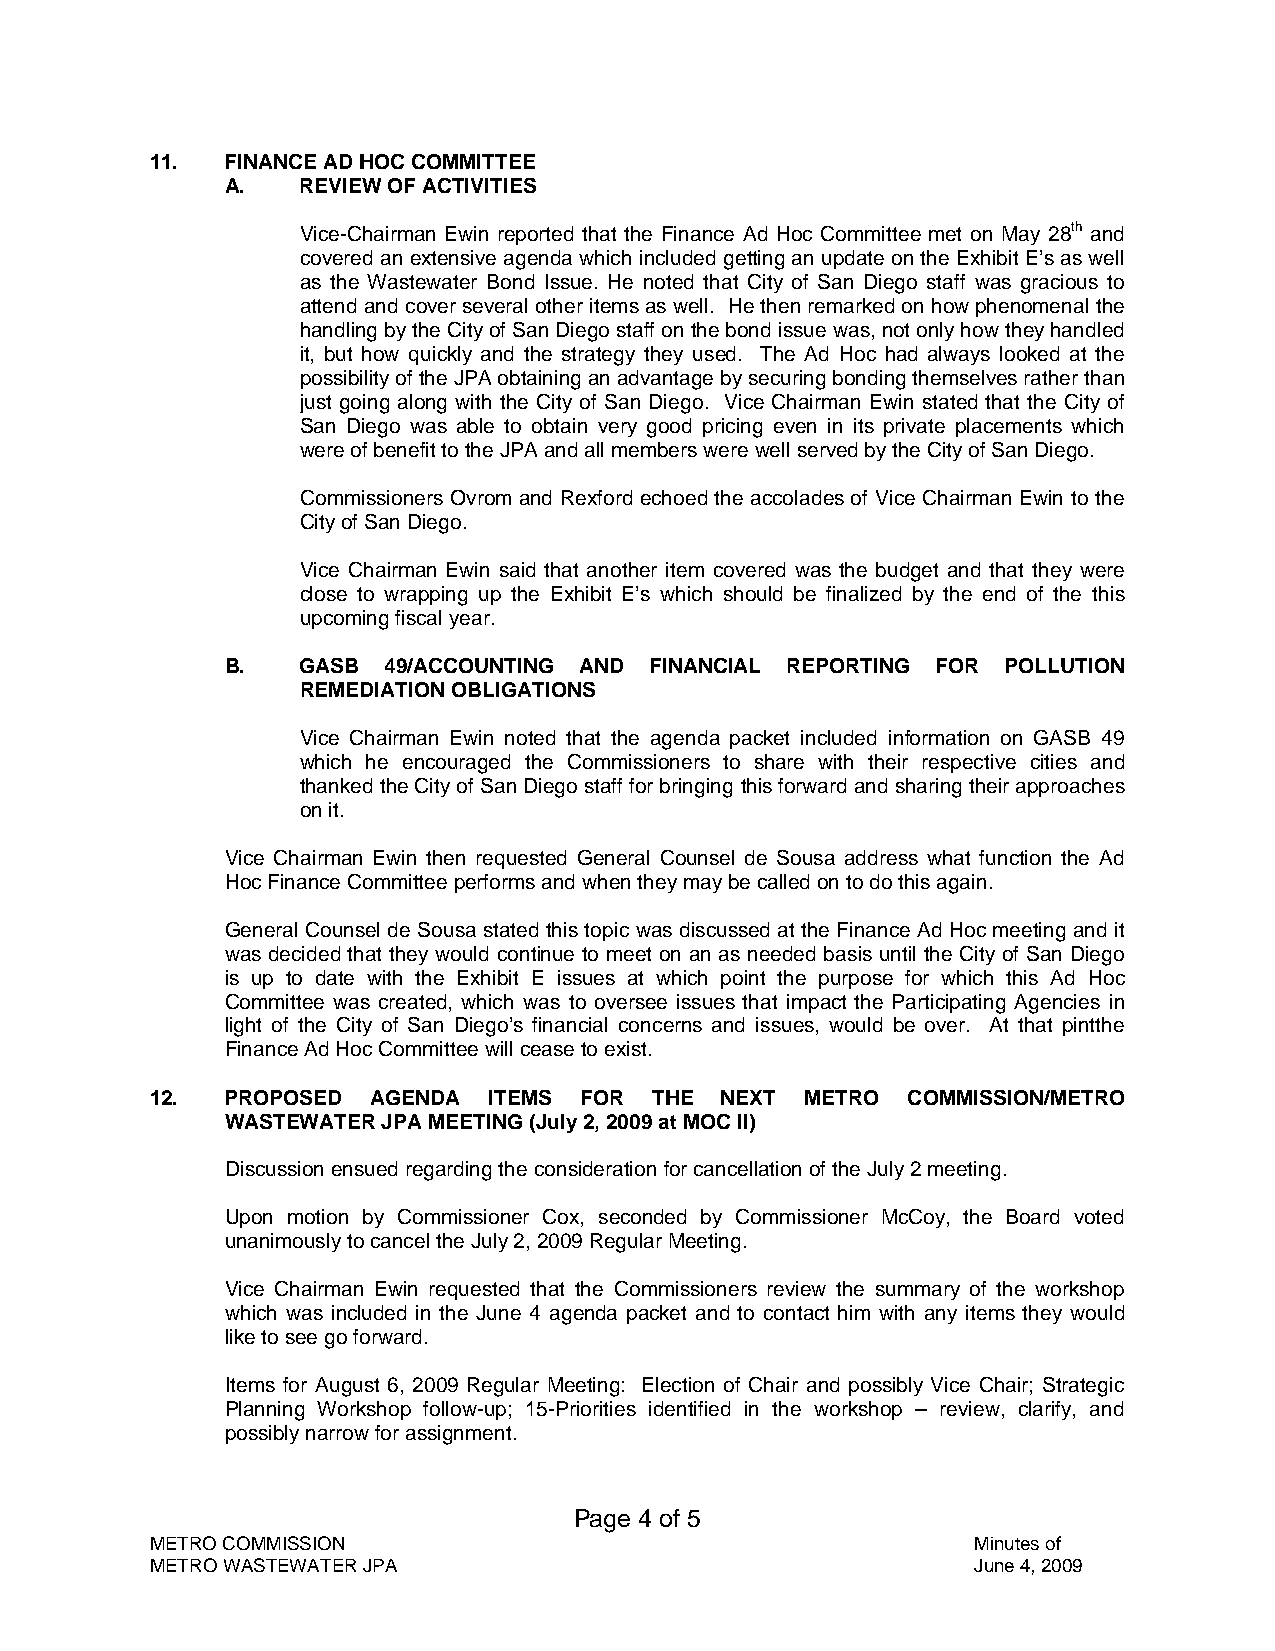
11.  FINANCE AD HOC COMMITTEE
 A.   REVIEW OF ACTIVITIES
 Vice-Chairman Ewin reported that the Finance Ad Hoc Committee met on May 28th and
 covered an extensive agenda which included getting an update on the Exhibit E’s as well
 as the Wastewater Bond Issue. He noted that City of San Diego staff was gracious to
 attend and cover several other items as well. He then remarked on how phenomenal the
 handling by the City of San Diego staff on the bond issue was, not only how they handled
 it, but how quickly and the strategy they used. The Ad Hoc had always looked at the
 possibility of the JPA obtaining an advantage by securing bonding themselves rather than
 just going along with the City of San Diego. Vice Chairman Ewin stated that the City of
 San Diego was able to obtain very good pricing even in its private placements which
 were of benefit to the JPA and all members were well served by the City of San Diego.
 Commissioners Ovrom and Rexford echoed the accolades of Vice Chairman Ewin to the
 City of San Diego.
 Vice Chairman Ewin said that another item covered was the budget and that they were
 close to wrapping up the Exhibit E’s which should be finalized by the end of the this
 upcoming fiscal year.
 B.   GASB  49/ACCOUNTING AND FINANCIAL REPORTING FOR POLLUTION
 REMEDIATION OBLIGATIONS
 Vice Chairman Ewin noted that the agenda packet included information on GASB 49
 which he encouraged the Commissioners to share with their respective cities and
 thanked the City of San Diego staff for bringing this forward and sharing their approaches
 on it.
 Vice Chairman Ewin then requested General Counsel de Sousa address what function the Ad
 Hoc Finance Committee performs and when they may be called on to do this again.
 General Counsel de Sousa stated this topic was discussed at the Finance Ad Hoc meeting and it
 was decided that they would continue to meet on an as needed basis until the City of San Diego
 is up to date with the Exhibit E issues at which point the purpose for which this Ad Hoc
 Committee was created, which was to oversee issues that impact the Participating Agencies in
 light of the City of San Diego’s financial concerns and issues, would be over. At that pintthe
 Finance Ad Hoc Committee will cease to exist.
 12.  PROPOSED  AGENDA ITEMS FOR  THE  NEXT METRO  COMMISSION/METRO
 WASTEWATER JPA MEETING (July 2, 2009 at MOC II)
 Discussion ensued regarding the consideration for cancellation of the July 2 meeting.
 Upon motion by Commissioner Cox, seconded by Commissioner McCoy, the Board voted
 unanimously to cancel the July 2, 2009 Regular Meeting.
 Vice Chairman Ewin requested that the Commissioners review the summary of the workshop
 which was included in the June 4 agenda packet and to contact him with any items they would
 like to see go forward.
 Items for August 6, 2009 Regular Meeting: Election of Chair and possibly Vice Chair; Strategic
 Planning Workshop follow-up; 15-Priorities identified in the workshop – review, clarify, and
 possibly narrow for assignment.
 Page 4 of 5
 METRO COMMISSION                                      Minutes of
 METRO WASTEWATER JPA                                   June 4, 2009